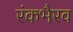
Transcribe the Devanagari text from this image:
रंकभैरव